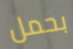
بحمل